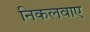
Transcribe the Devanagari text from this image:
निकलवाए